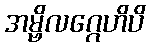
အမ္ဗိလဂ္ဂေဟိပိ